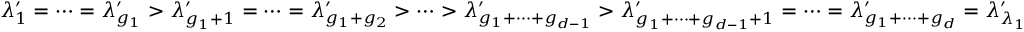
\lambda _ { 1 } ^ { \prime } = \cdots = \lambda _ { g _ { 1 } } ^ { \prime } > \lambda _ { g _ { 1 } + 1 } ^ { \prime } = \cdots = \lambda _ { g _ { 1 } + g _ { 2 } } ^ { \prime } > \cdots > \lambda _ { g _ { 1 } + \dots + g _ { d - 1 } } ^ { \prime } > \lambda _ { g _ { 1 } + \dots + g _ { d - 1 } + 1 } ^ { \prime } = \cdots = \lambda _ { g _ { 1 } + \dots + g _ { d } } ^ { \prime } = \lambda _ { \lambda _ { 1 } } ^ { \prime }